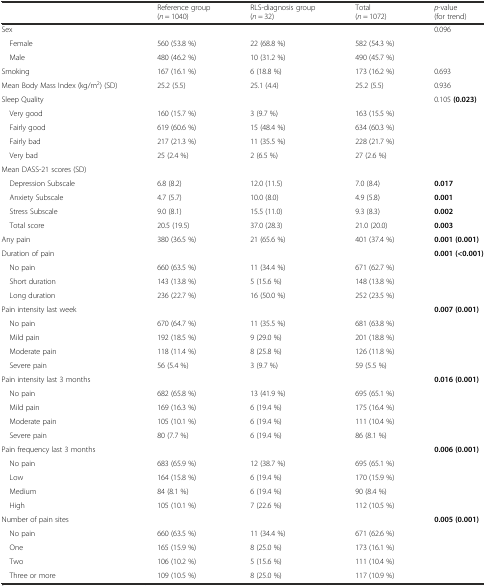
<table><thead><tr><td></td><td><b>Reference group (<i>n</i> = 1040)</b></td><td><b>RLS-diagnosis group (<i>n</i> = 32)</b></td><td><b>Total (<i>n</i> = 1072)</b></td><td><b><i>p</i>-value (for trend)</b></td></tr></thead><tbody><tr><td>Sex</td><td></td><td></td><td></td><td>0.096</td></tr><tr><td> Female</td><td>560 (53.8 %)</td><td>22 (68.8 %)</td><td>582 (54.3 %)</td><td></td></tr><tr><td> Male</td><td>480 (46.2 %)</td><td>10 (31.2 %)</td><td>490 (45.7 %)</td><td></td></tr><tr><td>Smoking</td><td>167 (16.1 %)</td><td>6 (18.8 %)</td><td>173 (16.2 %)</td><td>0.693</td></tr><tr><td>Mean Body Mass Index (kg/m<sup>2</sup>) (SD)</td><td>25.2 (5.5)</td><td>25.1 (4.4)</td><td>25.2 (5.5)</td><td>0.936</td></tr><tr><td>Sleep Quality</td><td></td><td></td><td></td><td>0.105 <b>(0.023)</b></td></tr><tr><td> Very good</td><td>160 (15.7 %)</td><td>3 (9.7 %)</td><td>163 (15.5 %)</td><td></td></tr><tr><td> Fairly good</td><td>619 (60.6 %)</td><td>15 (48.4 %)</td><td>634 (60.3 %)</td><td></td></tr><tr><td> Fairly bad</td><td>217 (21.3 %)</td><td>11 (35.5 %)</td><td>228 (21.7 %)</td><td></td></tr><tr><td> Very bad</td><td>25 (2.4 %)</td><td>2 (6.5 %)</td><td>27 (2.6 %)</td><td></td></tr><tr><td>Mean DASS-21 scores (SD)</td><td></td><td></td><td></td><td></td></tr><tr><td> Depression Subscale</td><td>6.8 (8.2)</td><td>12.0 (11.5)</td><td>7.0 (8.4)</td><td><b>0.017</b></td></tr><tr><td> Anxiety Subscale</td><td>4.7 (5.7)</td><td>10.0 (8.0)</td><td>4.9 (5.8)</td><td><b>0.001</b></td></tr><tr><td> Stress Subscale</td><td>9.0 (8.1)</td><td>15.5 (11.0)</td><td>9.3 (8.3)</td><td><b>0.002</b></td></tr><tr><td> Total score</td><td>20.5 (19.5)</td><td>37.0 (28.3)</td><td>21.0 (20.0)</td><td><b>0.003</b></td></tr><tr><td>Any pain</td><td>380 (36.5 %)</td><td>21 (65.6 %)</td><td>401 (37.4 %)</td><td><b>0.001 (0.001)</b></td></tr><tr><td>Duration of pain</td><td></td><td></td><td></td><td><b>0.001 (&lt;0.001)</b></td></tr><tr><td> No pain</td><td>660 (63.5 %)</td><td>11 (34.4 %)</td><td>671 (62.7 %)</td><td></td></tr><tr><td> Short duration</td><td>143 (13.8 %)</td><td>5 (15.6 %)</td><td>148 (13.8 %)</td><td></td></tr><tr><td> Long duration</td><td>236 (22.7 %)</td><td>16 (50.0 %)</td><td>252 (23.5 %)</td><td></td></tr><tr><td>Pain intensity last week</td><td></td><td></td><td></td><td><b>0.007 (0.001)</b></td></tr><tr><td> No pain</td><td>670 (64.7 %)</td><td>11 (35.5 %)</td><td>681 (63.8 %)</td><td></td></tr><tr><td> Mild pain</td><td>192 (18.5 %)</td><td>9 (29.0 %)</td><td>201 (18.8 %)</td><td></td></tr><tr><td> Moderate pain</td><td>118 (11.4 %)</td><td>8 (25.8 %)</td><td>126 (11.8 %)</td><td></td></tr><tr><td> Severe pain</td><td>56 (5.4 %)</td><td>3 (9.7 %)</td><td>59 (5.5 %)</td><td></td></tr><tr><td>Pain intensity last 3 months</td><td></td><td></td><td></td><td><b>0.016 (0.001)</b></td></tr><tr><td> No pain</td><td>682 (65.8 %)</td><td>13 (41.9 %)</td><td>695 (65.1 %)</td><td></td></tr><tr><td> Mild pain</td><td>169 (16.3 %)</td><td>6 (19.4 %)</td><td>175 (16.4 %)</td><td></td></tr><tr><td> Moderate pain</td><td>105 (10.1 %)</td><td>6 (19.4 %)</td><td>111 (10.4 %)</td><td></td></tr><tr><td> Severe pain</td><td>80 (7.7 %)</td><td>6 (19.4 %)</td><td>86 (8.1 %)</td><td></td></tr><tr><td>Pain frequency last 3 months</td><td></td><td></td><td></td><td><b>0.006 (0.001)</b></td></tr><tr><td> No pain</td><td>683 (65.9 %)</td><td>12 (38.7 %)</td><td>695 (65.1 %)</td><td></td></tr><tr><td> Low</td><td>164 (15.8 %)</td><td>6 (19.4 %)</td><td>170 (15.9 %)</td><td></td></tr><tr><td> Medium</td><td>84 (8.1 %)</td><td>6 (19.4 %)</td><td>90 (8.4 %)</td><td></td></tr><tr><td> High</td><td>105 (10.1 %)</td><td>7 (22.6 %)</td><td>112 (10.5 %)</td><td></td></tr><tr><td>Number of pain sites</td><td></td><td></td><td></td><td><b>0.005 (0.001)</b></td></tr><tr><td> No pain</td><td>660 (63.5 %)</td><td>11 (34.4 %)</td><td>671 (62.6 %)</td><td></td></tr><tr><td> One</td><td>165 (15.9 %)</td><td>8 (25.0 %)</td><td>173 (16.1 %)</td><td></td></tr><tr><td> Two</td><td>106 (10.2 %)</td><td>5 (15.6 %)</td><td>111 (10.4 %)</td><td></td></tr><tr><td> Three or more</td><td>109 (10.5 %)</td><td>8 (25.0 %)</td><td>117 (10.9 %)</td><td></td></tr></tbody></table>